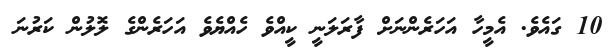
10 ގައެވެ. އެމީހާ އަހަރެންނަށް ފާރަލަނީ ކީއްވެ ހެއްޔެވެ އަހަރެންގެ ލޮލުން ކަރުނަ